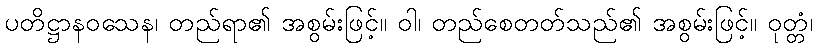
ပတိဋ္ဌာနဝသေန၊ တည်ရာ၏ အစွမ်းဖြင့်။ ဝါ၊ တည်စေတတ်သည်၏ အစွမ်းဖြင့်။ ဝုတ္တံ၊